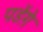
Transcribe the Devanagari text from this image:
पडेंग़े